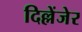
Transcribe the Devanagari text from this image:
दिल्लेंजेर